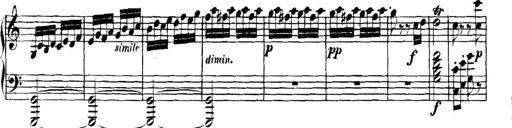
Title: Collected Piano Sonatas
Composer: Muzio Clementi